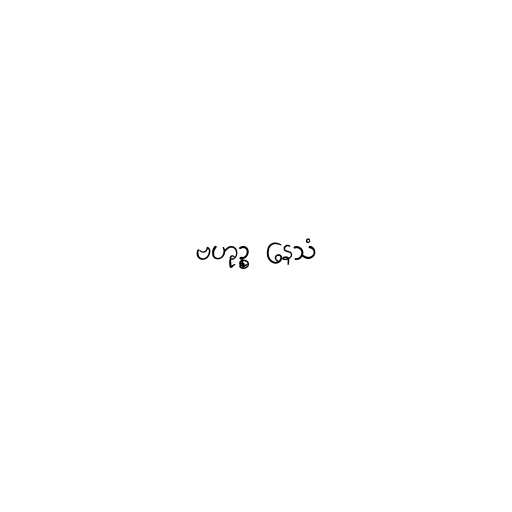
ဗဟုဉ္စ နေသံ